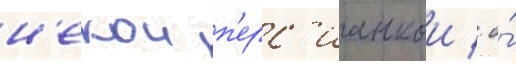
н'екои п'ерс'ианкои / о́